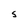
Character: s